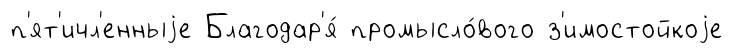
п'ят'ичл'енныjе Благодар'я́ промысло́вого з'имостойкоjе